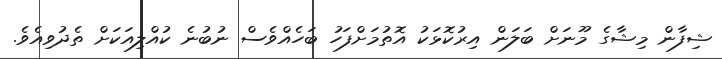
ޝިފާން މިޝާގެ މޫނަށް ބަލަން އިރުކޮޅަކު އޮތުމަށްފަހު ބަހެއްވެސް ނުބުނެ ކުއްލިއަކަށް ތެދުވިއެވެ.